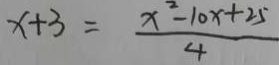
x + 3 = \frac { x ^ { 2 } - 1 0 x + 2 5 } { 4 }